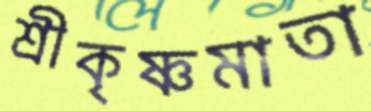
শ্রীকৃষ্ণমাতা